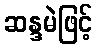
ဆန္ဒမဲဖြင့်